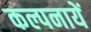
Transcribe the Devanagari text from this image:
कल्पनायें